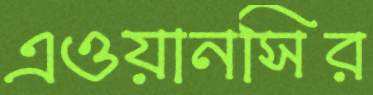
এওয়ানসির